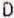
D